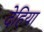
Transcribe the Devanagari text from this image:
देहिया